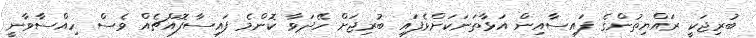
ބުރިޖަކީ ރައްޔިތުންގެ ފައިސާއިން އަޅާތަނަކަށްވެފައި ބުރިޖަށް ހޭދަވާ ކޮންމެ ފައިސާފޮއްޗެއް ވެސް ހިއްސާވާނީ